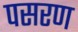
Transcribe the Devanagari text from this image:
पसरण